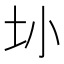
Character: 𫭚